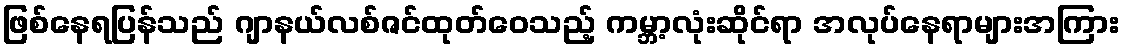
ဖြစ်နေရပြန်သည် ဂျာနယ်လစ်ဇင်ထုတ်ဝေသည့် ကမ္ဘာ့လုံးဆိုင်ရာ အလုပ်နေရာများအကြား